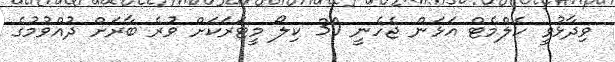
ވިދާޅުވީ ހެލްމެޓް އަޅަން ޖެހެނީ 30 ކިލޯ މީޓަރަކަށް ވުރެ ބާރަށް ދުއްވުމުގެ